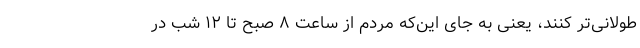
طولانی‌تر کنند، یعنی به جای این‌که مردم از ساعت ۸ صبح تا ۱۲ شب در